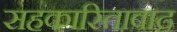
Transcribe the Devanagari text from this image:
सहकारितावाद